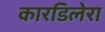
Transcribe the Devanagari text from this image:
कारडिलेरा